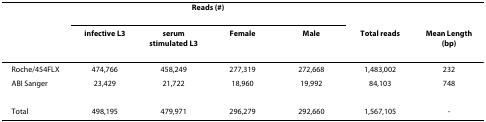
|  | <COLSPAN=4> Reads (#) |  |  |
 |  | infective L3 | serum stimulated L3 | Female | Male | Total reads | Mean Length (bp) |
 | --- | --- | --- | --- | --- | --- | --- |
 | Roche/454FLX | 474,766 | 458,249 | 277,319 | 272,668 | 1,483,002 | 232 |
 | ABI Sanger | 23,429 | 21,722 | 18,960 | 19,992 | 84,103 | 748 |
 | Total | 498,195 | 479,971 | 296,279 | 292,660 | 1,567,105 | - |